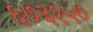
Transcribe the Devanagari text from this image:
६७३१५७